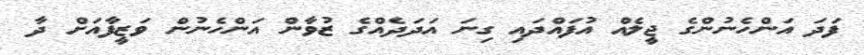
ފަދަ އަންހެނުންގެ ޖީލެއް އުފައްދައި ގިނަ އަދަދެއްގެ ޒުވާން އަންހެނުން ވަޒީފާއަށް ދާ